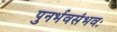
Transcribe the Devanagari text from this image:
पुनर्भवसंभवः